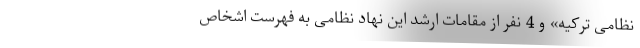
نظامی ترکیه» و 4 نفر از مقامات ارشد این نهاد نظامی به فهرست اشخاص